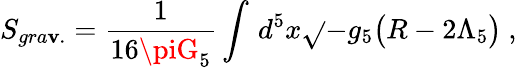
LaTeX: S_{gra\mathbf{v}.}=\frac{{1}}{{16\piG_{5}}}\int\, d^{5}x\sqrt{}{{-g_{5}}}\big(R-2\Lambda_{5}\big)\ ,